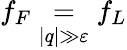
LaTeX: f_{F}\underset{|q|\gg\varepsilon}=f_{L}